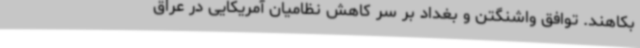
بکاهند. توافق واشنگتن و بغداد بر سر کاهش نظامیان آمریکایی در عراق